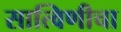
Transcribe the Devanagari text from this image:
सात्विणीचा